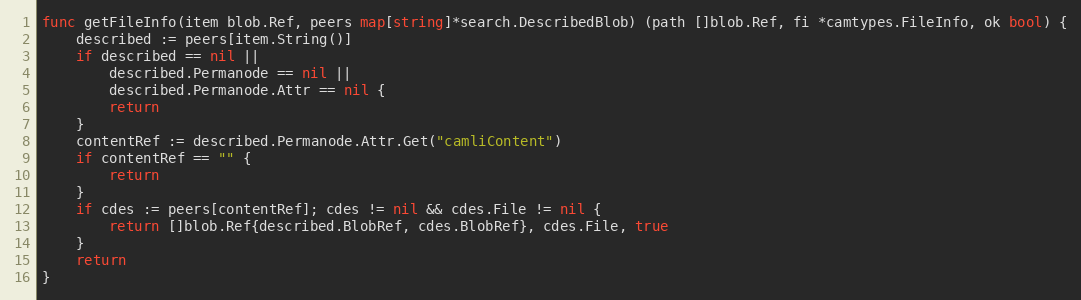
Language: Go
func getFileInfo(item blob.Ref, peers map[string]*search.DescribedBlob) (path []blob.Ref, fi *camtypes.FileInfo, ok bool) {
	described := peers[item.String()]
	if described == nil ||
		described.Permanode == nil ||
		described.Permanode.Attr == nil {
		return
	}
	contentRef := described.Permanode.Attr.Get("camliContent")
	if contentRef == "" {
		return
	}
	if cdes := peers[contentRef]; cdes != nil && cdes.File != nil {
		return []blob.Ref{described.BlobRef, cdes.BlobRef}, cdes.File, true
	}
	return
}